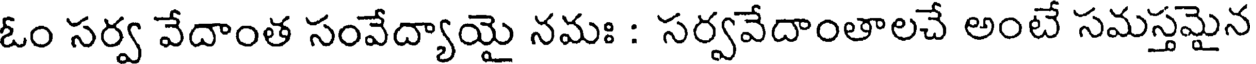
ఓం సర్వ వేదాంత సంవేద్యాయై నమః : సర్వవేదాంతాలచే అంటే సమస్తమైన